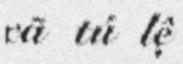
xã tú lệ